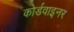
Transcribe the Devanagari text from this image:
कोर्डवाइनर